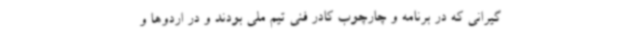
گیرانی که در برنامه و چارچوب کادر فنی تیم ملی بودند و در اردوها و